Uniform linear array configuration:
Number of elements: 16
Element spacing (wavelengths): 0.5
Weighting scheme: binomial
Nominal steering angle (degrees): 60
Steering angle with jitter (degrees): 60.44
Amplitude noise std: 0.05
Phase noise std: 0.05

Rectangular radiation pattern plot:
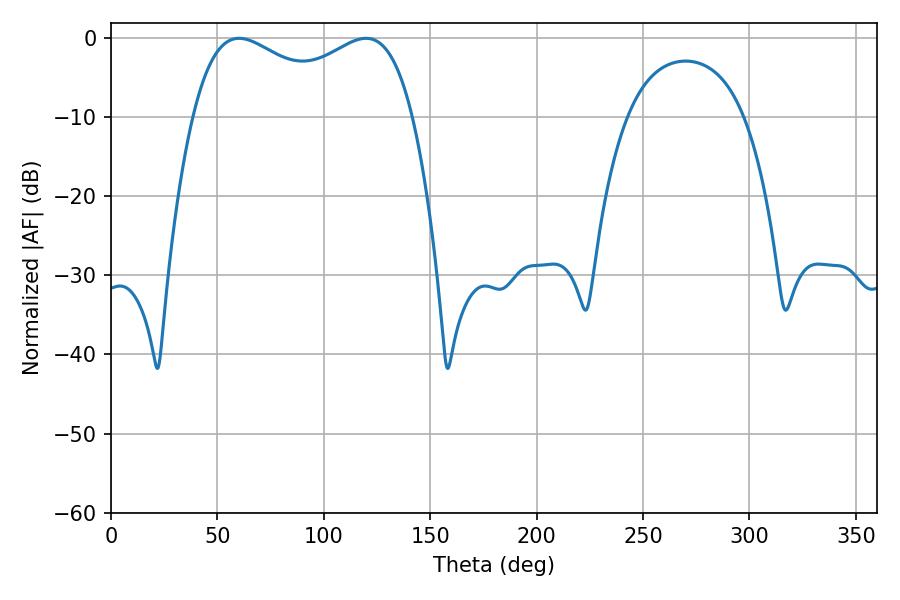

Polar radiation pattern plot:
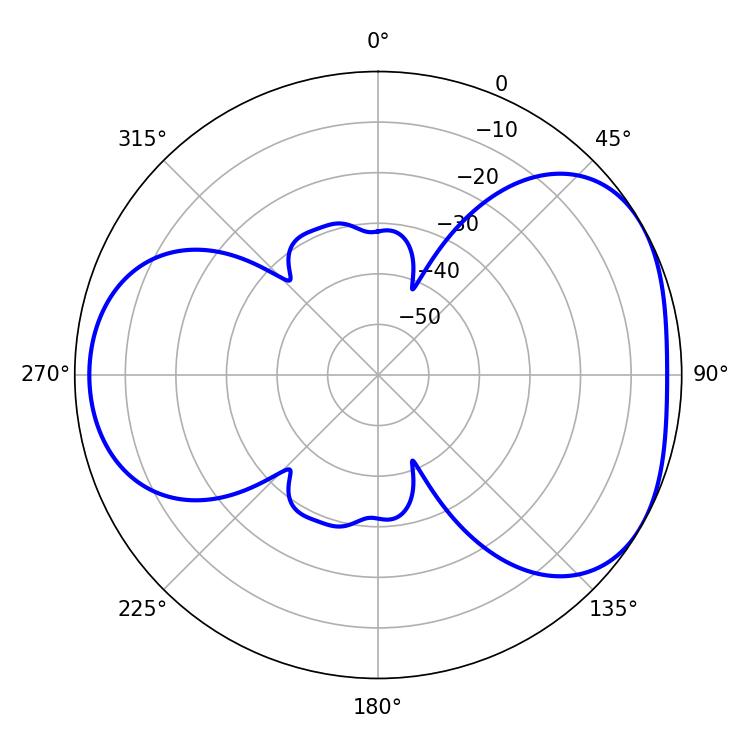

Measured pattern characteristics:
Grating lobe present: FALSE
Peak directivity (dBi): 4.308
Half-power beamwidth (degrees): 85.68
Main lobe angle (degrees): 60.12